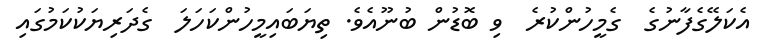
އެކަލޭގެފާނުގެ  ގެމީހުންކުރެ  ވި ބޮޑުން ބުނޫއެވެ. ތިޔަބައިމީހުންކަހަލަ  ގެދަރިޔަކުކަމުގައި